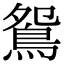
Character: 鴛